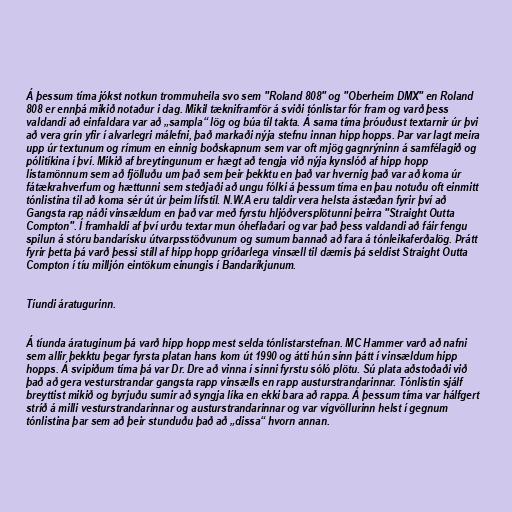
Á þessum tíma jókst notkun trommuheila svo sem "Roland 808" og "Oberheim DMX" en Roland
808 er ennþá mikið notaður i dag. Mikil tækniframför á sviði tónlistar fór fram og varð þess
valdandi að einfaldara var að „sampla“ lög og búa til takta. Á sama tíma þróuðust textarnir úr þvi
að vera grín yfir í alvarlegri málefni, það markaði nýja stefnu innan hipp hopps. Þar var lagt meira
upp úr textunum og rímum en einnig boðskapnum sem var oft mjög gagnrýninn á samfélagið og
pólitíkina í því. Mikið af breytingunum er hægt að tengja við nýja kynslóð af hipp hopp
listamönnum sem að fjölluðu um það sem þeir þekktu en það var hvernig það var að koma úr
fátækrahverfum og hættunni sem steðjaði að ungu fólki á þessum tíma en þau notuðu oft einmitt
tónlistina til að koma sér út úr þeim lífstíl. N.W.A eru taldir vera helsta ástæðan fyrir því að
Gangsta rap náði vinsældum en það var með fyrstu hljóðversplötunni þeirra "Straight Outta
Compton". Í framhaldi af því urðu textar mun óheflaðari og var það þess valdandi að fáir fengu
spilun á stóru bandarísku útvarpsstöðvunum og sumum bannað að fara á tónleikaferðalög. Þrátt
fyrir þetta þá varð þessi stíll af hipp hopp gríðarlega vinsæll til dæmis þá seldist Straight Outta
Compton í tíu milljón eintökum einungis í Bandaríkjunum.

Tíundi áratugurinn.

Á tíunda áratuginum þá varð hipp hopp mest selda tónlistarstefnan. MC Hammer varð að nafni
sem allir þekktu þegar fyrsta platan hans kom út 1990 og átti hún sinn þátt í vinsældum hipp
hopps. Á svipiðum tíma þá var Dr. Dre að vinna í sinni fyrstu sóló plötu. Sú plata aðstoðaði við
það að gera vesturstrandar gangsta rapp vinsælls en rapp austurstrandarinnar. Tónlistin sjálf
breyttist mikið og byrjuðu sumir að syngja líka en ekki bara að rappa. Á þessum tíma var hálfgert
stríð á milli vesturstrandarinnar og austurstrandarinnar og var vígvöllurinn helst í gegnum
tónlistina þar sem að þeir stunduðu það að „dissa“ hvorn annan.